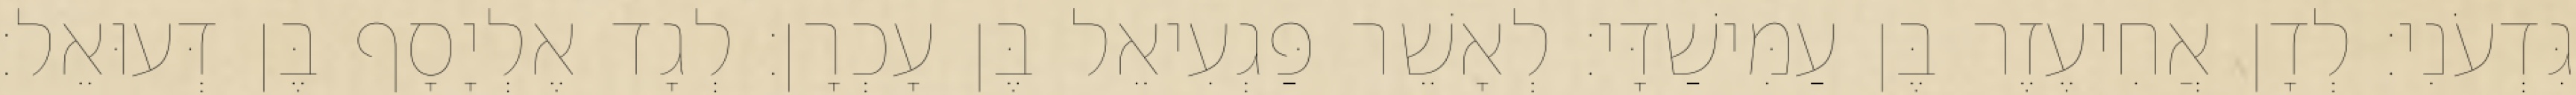
גִּדְעֹנִי׃ לְדָן אֲחִיעֶזֶר בֶּן עַמִּישַׁדָּי׃ לְאָשֵׁר פַּגְעִיאֵל בֶּן עָכְרָן׃ לְגָד אֶלְיָסָף בֶּן דְּעוּאֵל׃